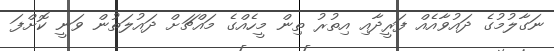
ނަގާލުމުގެ ދައުވާއެއް ފަރީދާއި އިތުރު ތިން މީހެއްގެ މައްޗަށް ދައުލަތުން ވަނީ ކޮށްފަ